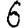
Digit: 6